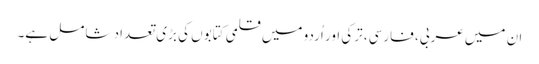
ان میں عربی، فارسی، ترکی اور اُردو میں قلمی کتابوں کی بڑی تعداد شامل ہے۔